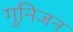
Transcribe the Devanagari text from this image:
गुनिजन